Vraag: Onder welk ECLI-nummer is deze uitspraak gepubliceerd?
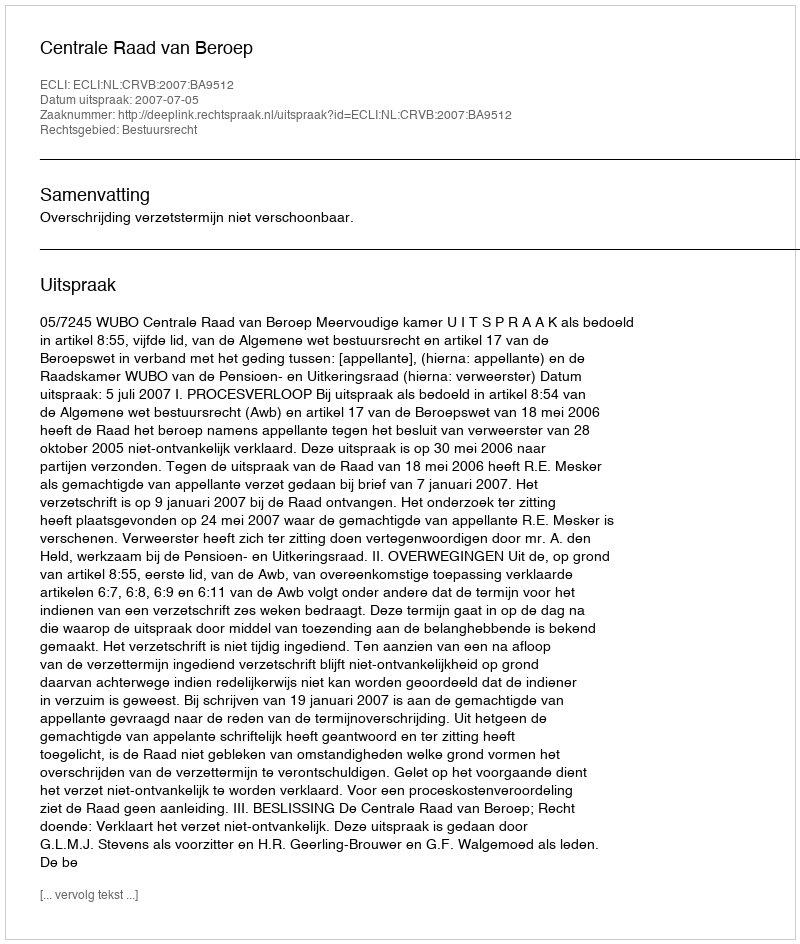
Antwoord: ECLI:NL:CRVB:2007:BA9512